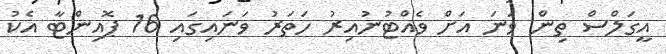
އީގަލްސް ތިން ވަނަ އަށް ވެއްޓުނުއިރު ހަތަރު ވަނައިގައި 16 ޕޮއިންޓާ އެކު